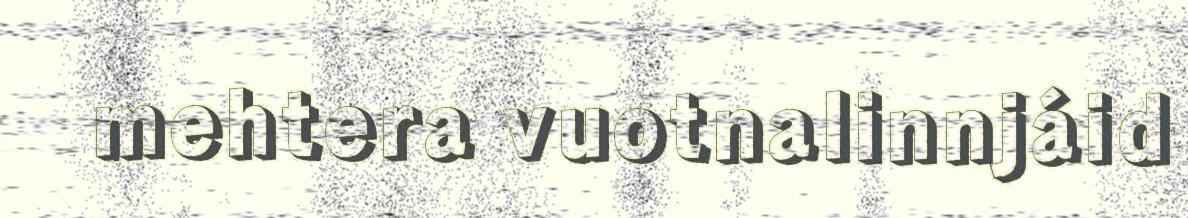
mehtera vuotnalinnjáid